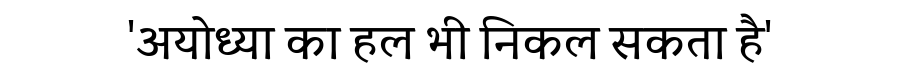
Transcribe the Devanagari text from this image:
'अयोध्या का हल भी निकल सकता है'